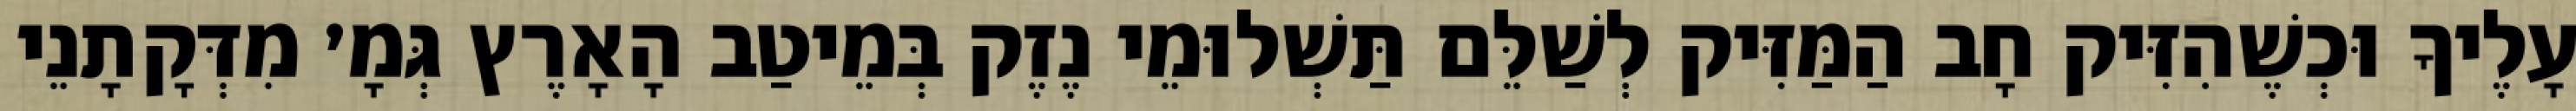
עָלֶיךָ וּכְשֶׁהִזִּיק חָב הַמַּזִּיק לְשַׁלֵּם תַּשְׁלוּמֵי נֶזֶק בְּמֵיטַב הָאָרֶץ גְּמָ׳ מִדְּקָתָנֵי